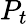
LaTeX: P_{t}